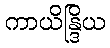
ကာယိန္ဒြိယ